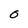
Character: O